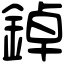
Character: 鋽